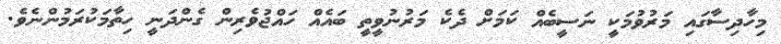
މިހާދިސާގައި މަރުވުމަކީ ނަސީބެއް ކަމަށް ދެކެ މަރުނުވީތީ ބައެއް ހައްޖުވެރިން ގެންދަނީ ހިތާމަކުރަމުންނެވެ.